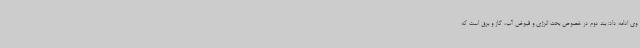
وی ادامه داد: بند دوم در خصوص بحث انرژی و قبوض آب، گاز و برق است که